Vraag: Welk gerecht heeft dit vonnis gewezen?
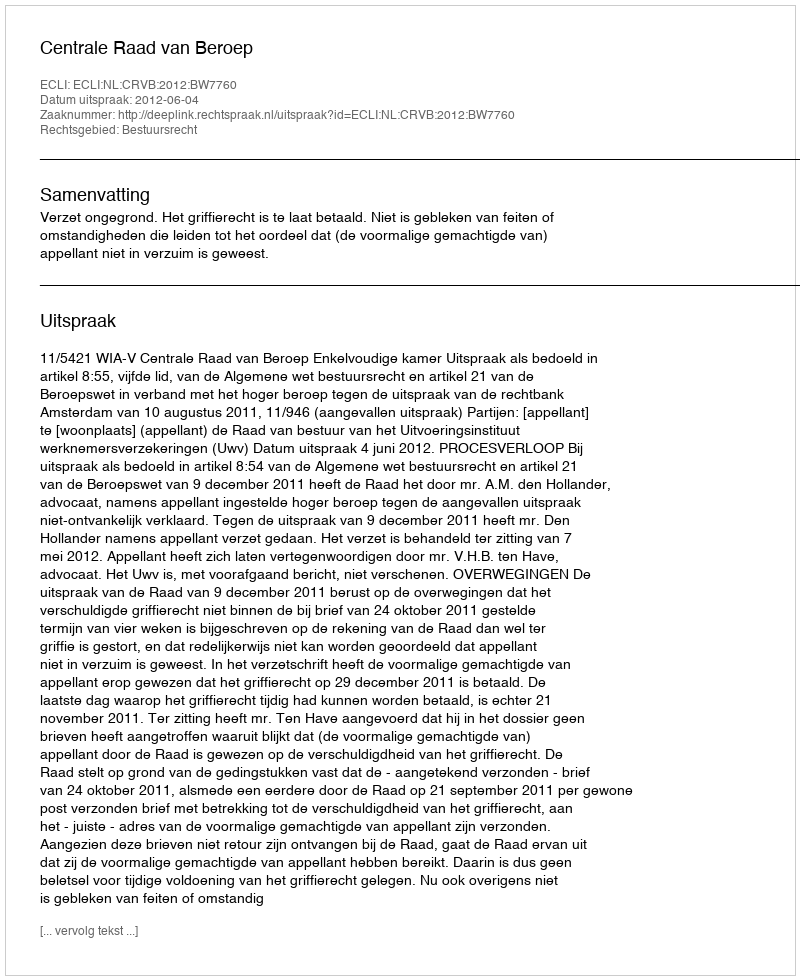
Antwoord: Centrale Raad van Beroep